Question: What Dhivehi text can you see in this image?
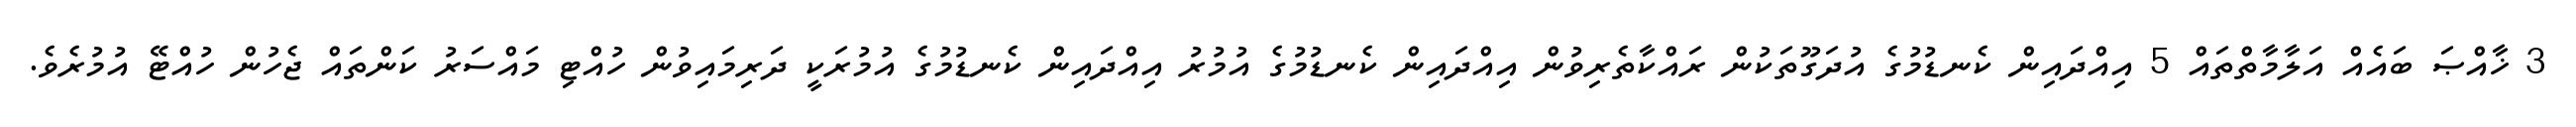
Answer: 3 ޚާއްޞަ ބައެއް އަލާމާތްތައް 5 އިއްދައިން ކެނޑުމުގެ އުދަގޫތަކުން ރައްކާތެރިވުން އިއްދައިން ކެނޑުމުގެ އުމުރު އިއްދައިން ކެނޑުމުގެ އުމުރަކީ ދަރިމައިވުން ހުއްޓި މައްސަރު ކަންތައް ޖެހުން ހުއްޓޭ އުމުރެވެ.